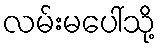
လမ်းမပေါ်သို့